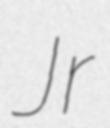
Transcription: Jr